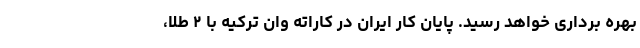
بهره برداری خواهد رسید. پایان کار ایران در کاراته وان ترکیه با ۲ طلا،